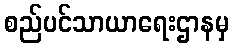
စည်ပင်သာယာရေးဌာနမှ